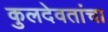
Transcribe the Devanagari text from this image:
कुलदेवतांचा